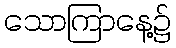
သောကြာနေ့၌